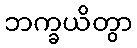
ဘက္ခယိတွာ